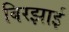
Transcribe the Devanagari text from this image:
बिरझाई